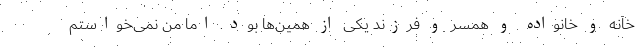
خانه و خانواده و همسر و فرزند یکی از همین‌ها بود. اما من نمی‌خواستم